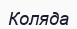
Коляда